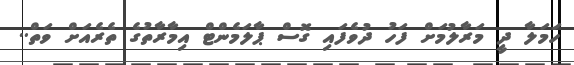
ހަމަލާ ދީ މަރާލުމަށް ފަހު ދުވެފައި ގޮސް ޕާލަމެންޓް އިމާރާތުގެ ތެރެއަށް ވަތް..